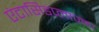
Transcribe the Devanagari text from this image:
एंटासिडप्लाज्मा